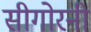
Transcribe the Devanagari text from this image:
सीगोरनी